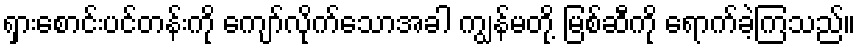
ရှားစောင်းပင်တန်းကို ကျော်လိုက်သောအခါ ကျွန်မတို့ မြစ်ဆီကို ရောက်ခဲ့ကြသည်။